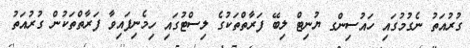
ގުރުއަތު ނެގުމުގައި ހައުސިންގ ޔުނިޓް ލިބޭ ފަރާތްތަކުގެ ލިސްޓުގައި ހިމެނިފައިވާ ފަރާތްތަކުން ގުރުއަތު